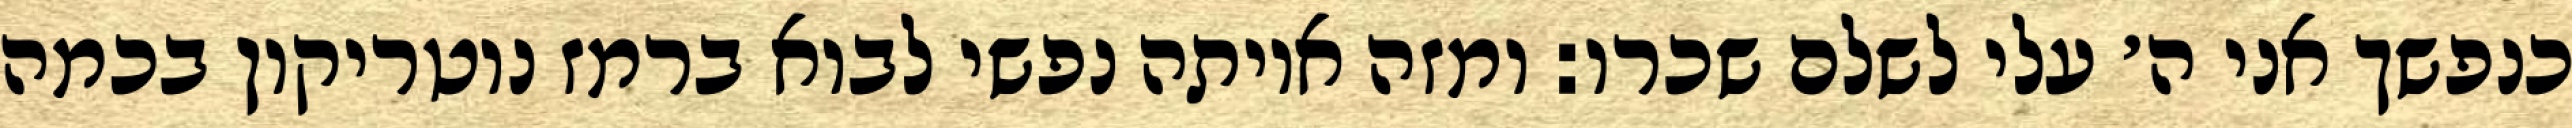
כנפשך אני ה׳ עלי לשלם שכרו: ומזה איותה נפשי לבוא ברמז נוטריקון בכמה